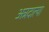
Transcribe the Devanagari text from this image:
अन्नदात्या